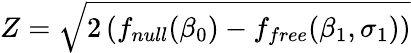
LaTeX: Z=\sqrt{2\left(f_{null}(\beta_{0})-f_{free}(\beta_{1},\sigma_{1})\right)}